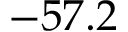
- 5 7 . 2